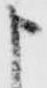
申